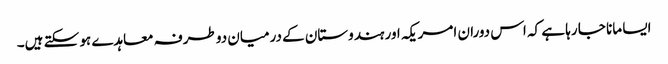
ایسا مانا جا رہا ہے کہ اس دوران امریکہ اور ہندوستان کے درمیان دو طرفہ معاہدے ہو سکتے ہیں۔